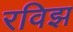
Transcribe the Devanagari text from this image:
रविझ